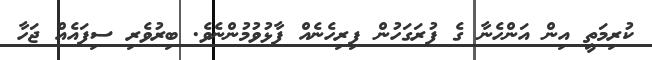
ކުރިމަތީ އިން އަންހެނާ ގެ ފުރަގަހުން ފިރިހެނެއް ފާޅުވުމުންނެވެ. ބިރުވެރި ސިފައެއް ޖަހާ